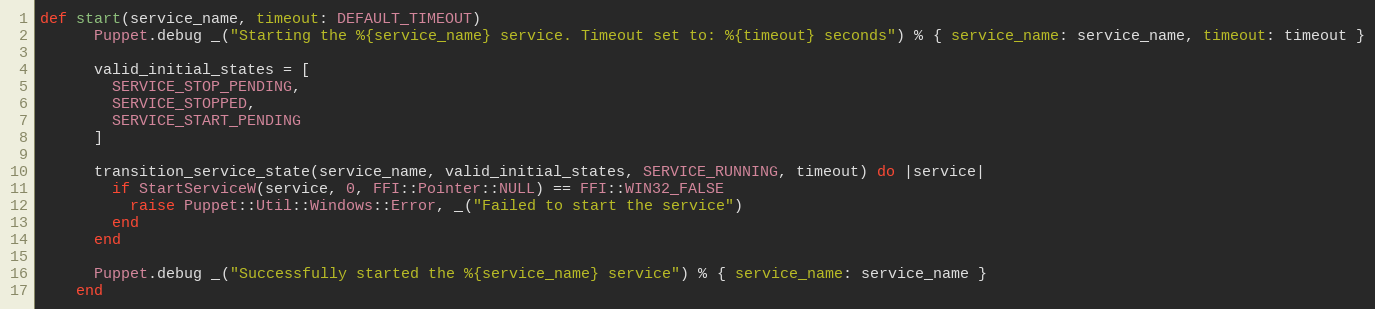
Language: Ruby
def start(service_name, timeout: DEFAULT_TIMEOUT)
      Puppet.debug _("Starting the %{service_name} service. Timeout set to: %{timeout} seconds") % { service_name: service_name, timeout: timeout }

      valid_initial_states = [
        SERVICE_STOP_PENDING,
        SERVICE_STOPPED,
        SERVICE_START_PENDING
      ]

      transition_service_state(service_name, valid_initial_states, SERVICE_RUNNING, timeout) do |service|
        if StartServiceW(service, 0, FFI::Pointer::NULL) == FFI::WIN32_FALSE
          raise Puppet::Util::Windows::Error, _("Failed to start the service")
        end
      end

      Puppet.debug _("Successfully started the %{service_name} service") % { service_name: service_name }
    end